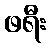
ဖရီး